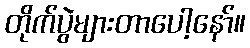
တိုက်ပွဲများတာပေါ့နော်။